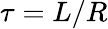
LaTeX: \tau=L/R